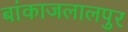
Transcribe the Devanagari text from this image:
बांकाजलालपुर